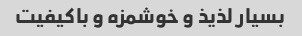
بسیار لذیذ و خوشمزه و باکیفیت